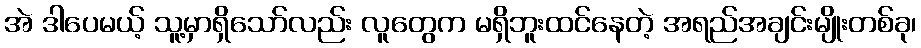
အဲ ဒါပေမယ့် သူ့မှာရှိသော်လည်း လူတွေက မရှိဘူးထင်နေတဲ့ အရည်အချင်းမျိုးတစ်ခု၊